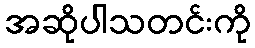
အဆိုပါသတင်းကို